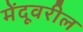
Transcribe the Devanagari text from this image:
मेंदूवरील